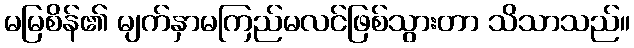
မမြစိန်၏ မျက်နှာမကြည်မလင်ဖြစ်သွားတာ သိသာသည်။